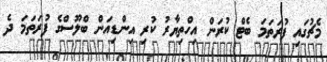
މެޗުގައި ފުރަތަމަ ބެޓް ކުރަން އިހްތިޔާރު ކުރި އިންޑިއަން ބްލޫސްގެ ފުރަތަމަ ދެ